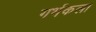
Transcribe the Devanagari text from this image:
गर्भकला